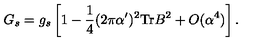
G _ { s } = g _ { s } \left[ 1 - \frac { 1 } { 4 } ( 2 \pi \alpha ^ { \prime } ) ^ { 2 } \mathrm { T r } B ^ { 2 } + O ( \alpha ^ { 4 } ) \right] .